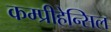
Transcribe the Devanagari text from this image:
कम्प्रीहेन्सिल